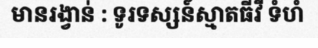
មានរង្វាន់ : ទូរទស្សន៍ស្មាតធីវី ទំហំ